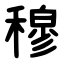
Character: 穆